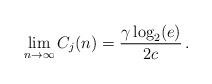
LaTeX: \begin{align*}\lim_{n\to\infty}C_j(n) = \frac{\gamma\log_2(e)}{2c}\, .\end{align*}